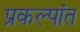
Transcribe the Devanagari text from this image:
प्रकल्पांत